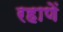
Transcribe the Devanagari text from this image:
रहाणें